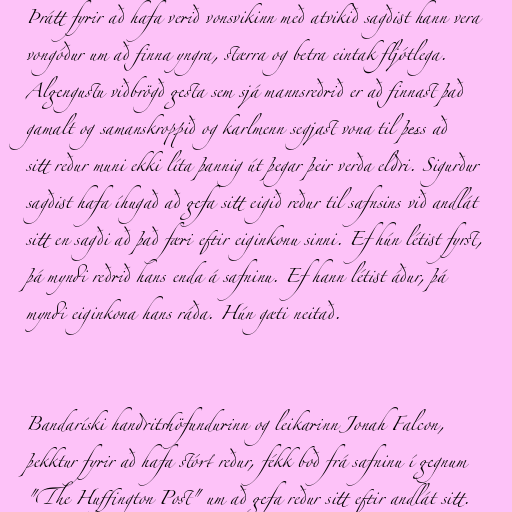
Þrátt fyrir að hafa verið vonsvikinn með atvikið sagðist hann vera
vongóður um að finna yngra, stærra og betra eintak fljótlega.
Algengustu viðbrögð gesta sem sjá mannsreðrið er að finnast það
gamalt og samanskroppið og karlmenn segjast vona til þess að
sitt reður muni ekki líta þannig út þegar þeir verða eldri. Sigurður
sagðist hafa íhugað að gefa sitt eigið reður til safnsins við andlát
sitt en sagði að það færi eftir eiginkonu sinni. Ef hún létist fyrst,
þá myndi reðrið hans enda á safninu. Ef hann létist áður, þá
myndi eiginkona hans ráða. Hún gæti neitað.

Bandaríski handritshöfundurinn og leikarinn Jonah Falcon,
þekktur fyrir að hafa stórt reður, fékk boð frá safninu í gegnum
"The Huffington Post" um að gefa reður sitt eftir andlát sitt.